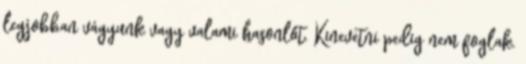
legjobban vágyunk vagy valami hasonlót. Kinevetni pedig nem foglak.